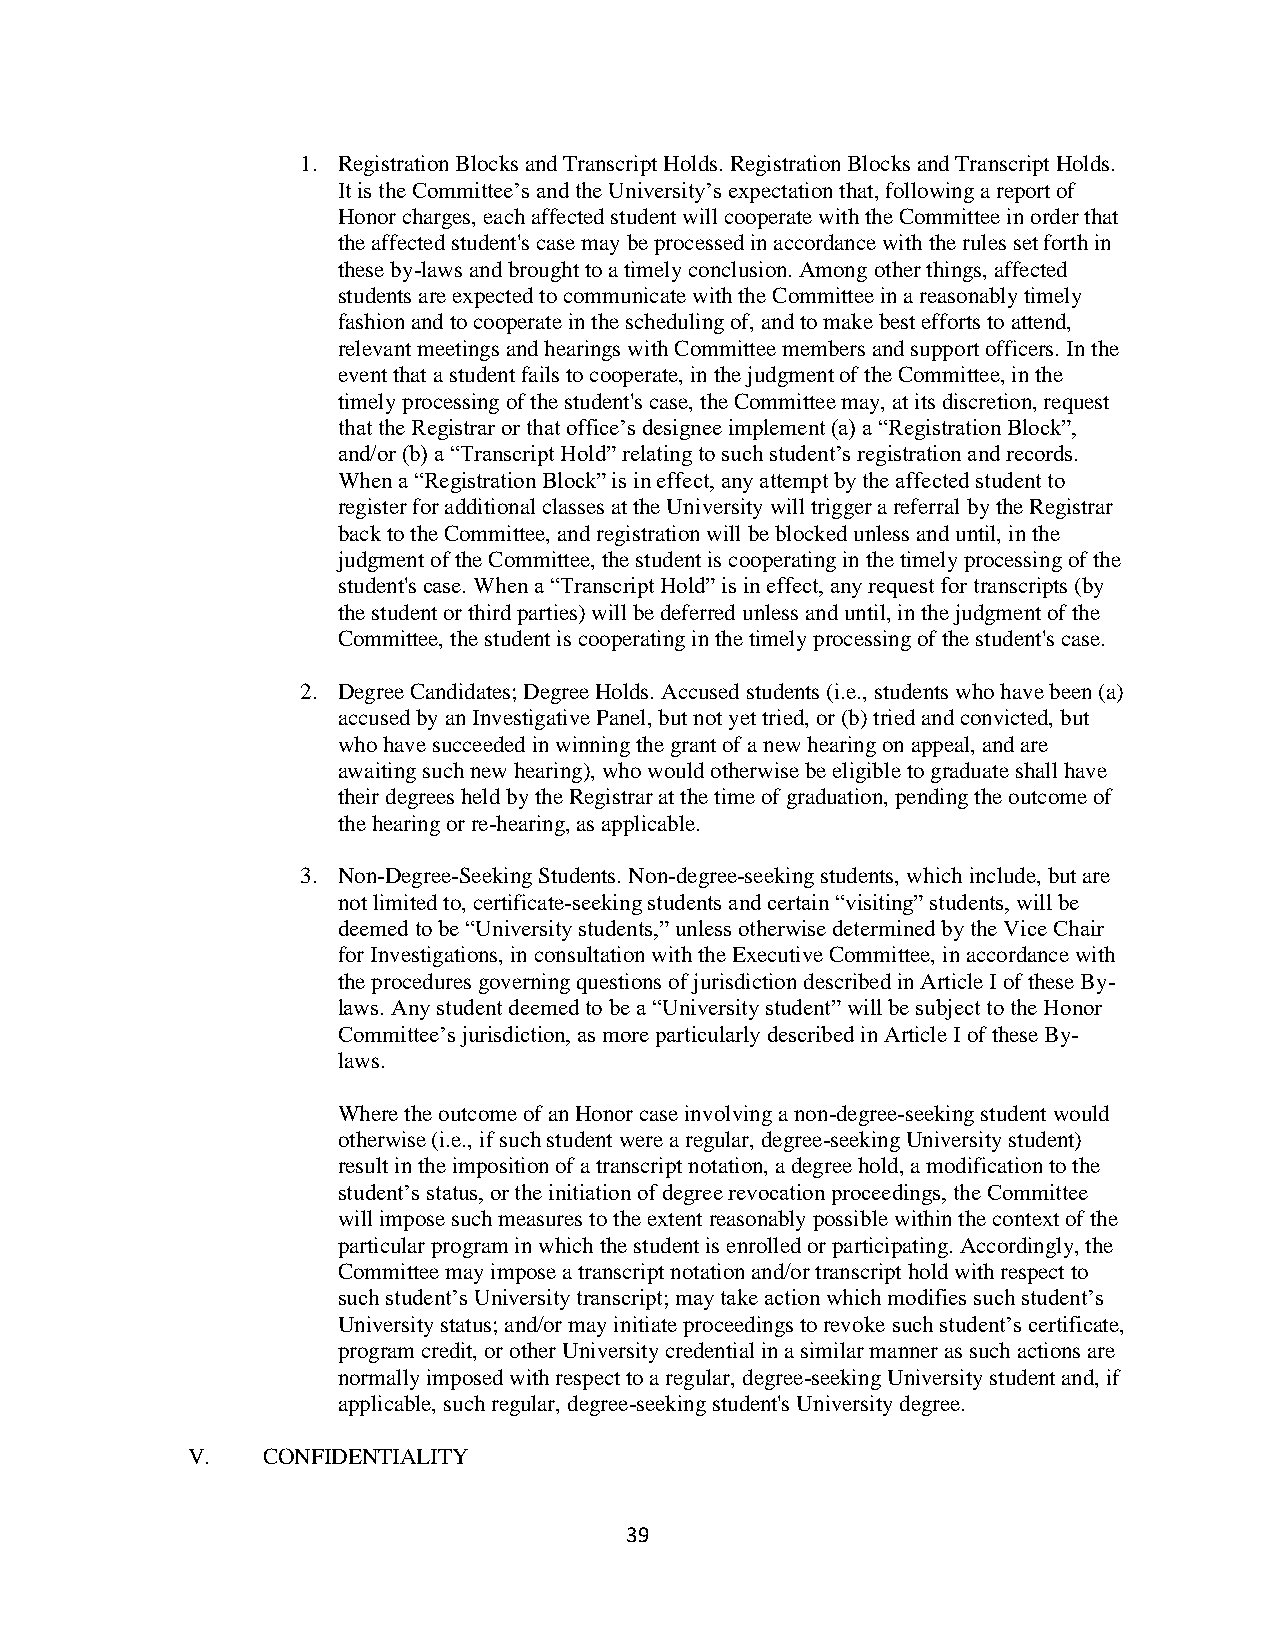
1. Registration Blocks and Transcript Holds. Registration Blocks and Transcript Holds.
 It is the Committee’s and the University’s expectation that, following a report of
 Honor charges, each affected student will cooperate with the Committee in order that
 the affected student's case may be processed in accordance with the rules set forth in
 these by-laws and brought to a timely conclusion. Among other things, affected
 students are expected to communicate with the Committee in a reasonably timely
 fashion and to cooperate in the scheduling of, and to make best efforts to attend,
 relevant meetings and hearings with Committee members and support officers. In the
 event that a student fails to cooperate, in the judgment of the Committee, in the
 timely processing of the student's case, the Committee may, at its discretion, request
 that the Registrar or that office’s designee implement (a) a “Registration Block”,
 and/or (b) a “Transcript Hold” relating to such student’s registration and records.
 When a “Registration Block” is in effect, any attempt by the affected student to
 register for additional classes at the University will trigger a referral by the Registrar
 back to the Committee, and registration will be blocked unless and until, in the
 judgment of the Committee, the student is cooperating in the timely processing of the
 student's case. When a “Transcript Hold” is in effect, any request for transcripts (by
 the student or third parties) will be deferred unless and until, in the judgment of the
 Committee, the student is cooperating in the timely processing of the student's case.
 2. Degree Candidates; Degree Holds. Accused students (i.e., students who have been (a)
 accused by an Investigative Panel, but not yet tried, or (b) tried and convicted, but
 who have succeeded in winning the grant of a new hearing on appeal, and are
 awaiting such new hearing), who would otherwise be eligible to graduate shall have
 their degrees held by the Registrar at the time of graduation, pending the outcome of
 the hearing or re-hearing, as applicable.
 3. Non-Degree-Seeking Students. Non-degree-seeking students, which include, but are
 not limited to, certificate-seeking students and certain “visiting” students, will be
 deemed to be “University students,” unless otherwise determined by the Vice Chair
 for Investigations, in consultation with the Executive Committee, in accordance with
 the procedures governing questions of jurisdiction described in Article I of these By-
 laws. Any student deemed to be a “University student” will be subject to the Honor
 Committee’s jurisdiction, as more particularly described in Article I of these By-
 laws.
 Where the outcome of an Honor case involving a non-degree-seeking student would
 otherwise (i.e., if such student were a regular, degree-seeking University student)
 result in the imposition of a transcript notation, a degree hold, a modification to the
 student’s status, or the initiation of degree revocation proceedings, the Committee
 will impose such measures to the extent reasonably possible within the context of the
 particular program in which the student is enrolled or participating. Accordingly, the
 Committee may impose a transcript notation and/or transcript hold with respect to
 such student’s University transcript; may take action which modifies such student’s
 University status; and/or may initiate proceedings to revoke such student’s certificate,
 program credit, or other University credential in a similar manner as such actions are
 normally imposed with respect to a regular, degree-seeking University student and, if
 applicable, such regular, degree-seeking student's University degree.
 V.   CONFIDENTIALITY
 39